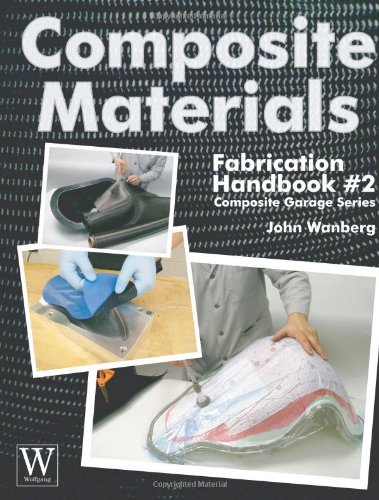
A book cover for Composite Materials: Fabrication Handbook #2 (Composite Garage Series); John Wanberg; Engineering & Transportation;